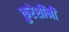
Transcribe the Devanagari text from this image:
कुरेशींनी